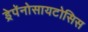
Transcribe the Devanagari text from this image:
ड्रेपॅनोसायटोसिस